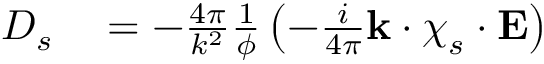
\begin{array} { r l } { D _ { s } } & { { } = - \frac { 4 \pi } { k ^ { 2 } } \frac { 1 } { \phi } \left( - \frac { i } { 4 \pi } \mathbf { k } \cdot \boldsymbol { \chi } _ { s } \cdot \mathbf { E } \right) } \end{array}